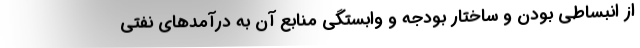
از انبساطی بودن و ساختار بودجه و وابستگی منابع آن به درآمدهای نفتی